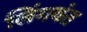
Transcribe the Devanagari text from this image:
लिंगवंत